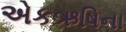
એકઋષિના